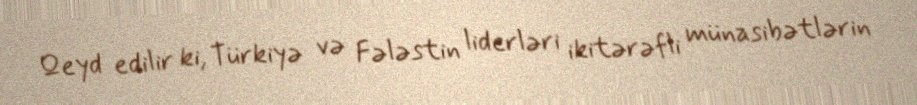
Qeyd edilir ki, Türkiyə və Fələstin liderləri ikitərəfli münasibətlərin